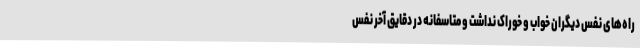
راه‌های نفس دیگران خواب و خوراک نداشت و متاسفانه در دقایق آخر نفس